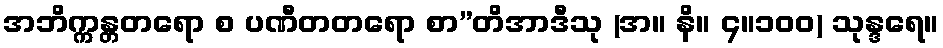
အဘိက္ကန္တတရော စ ပဏီတတရော စာ”တိအာဒီသု (အ။ နိ။ ၄။၁၀၀) သုန္ဒရေ။